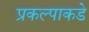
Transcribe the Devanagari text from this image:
प्रकल्पाकडे